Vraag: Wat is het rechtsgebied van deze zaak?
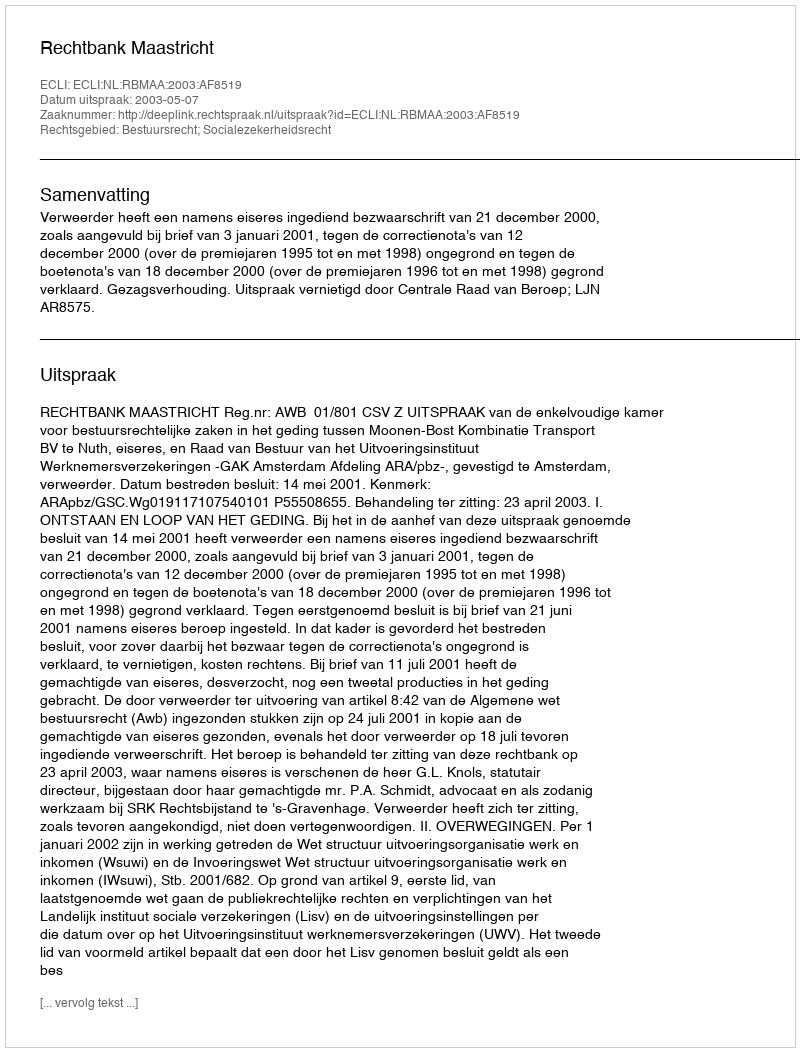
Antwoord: Bestuursrecht; Socialezekerheidsrecht